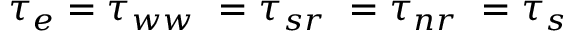
\begin{array} { r } { \tau _ { e } = \tau _ { w w \ } = \tau _ { s r \ } = \tau _ { n r \ } = \tau _ { s } } \end{array}